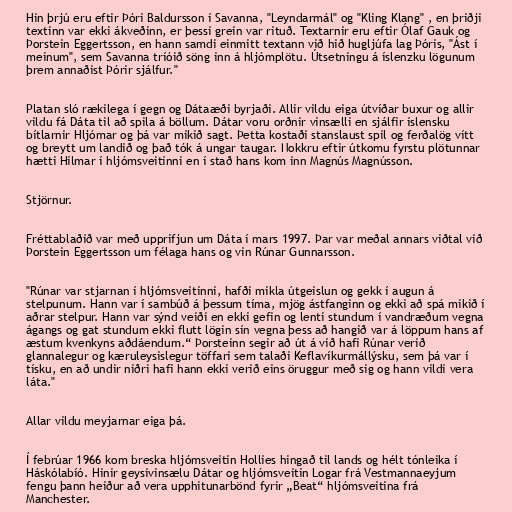
Hin þrjú eru eftir Þóri Baldursson í Savanna, "Leyndarmál" og "Kling Klang" , en þriðji
textinn var ekki ákveðinn, er þessi grein var rituð. Textarnir eru eftir Ólaf Gauk og
Þorstein Eggertsson, en hann samdi einmitt textann við hið hugljúfa lag Þóris, "Ást í
meinum", sem Savanna tríóið söng inn á hljómplötu. Útsetningu á íslenzku lögunum
þrem annaðist Þórir sjálfur."

Platan sló rækilega í gegn og Dátaæði byrjaði. Allir vildu eiga útvíðar buxur og allir
vildu fá Dáta til að spila á böllum. Dátar voru orðnir vinsælli en sjálfir íslensku
bítlarnir Hljómar og þá var mikið sagt. Þetta kostaði stanslaust spil og ferðalög vítt
og breytt um landið og það tók á ungar taugar. Nokkru eftir útkomu fyrstu plötunnar
hætti Hilmar í hljómsveitinni en í stað hans kom inn Magnús Magnússon.

Stjörnur.

Fréttablaðið var með upprifjun um Dáta í mars 1997. Þar var meðal annars viðtal við
Þorstein Eggertsson um félaga hans og vin Rúnar Gunnarsson.

"Rúnar var stjarnan í hljómsveitinni, hafði mikla útgeislun og gekk í augun á
stelpunum. Hann var í sambúð á þessum tíma, mjög ástfanginn og ekki að spá mikið í
aðrar stelpur. Hann var sýnd veiði en ekki gefin og lenti stundum í vandræðum vegna
ágangs og gat stundum ekki flutt lögin sín vegna þess að hangið var á löppum hans af
æstum kvenkyns aðdáendum.“ Þorsteinn segir að út á við hafi Rúnar verið
glannalegur og kæruleysislegur töffari sem talaði Keflavíkurmállýsku, sem þá var í
tísku, en að undir niðri hafi hann ekki verið eins öruggur með sig og hann vildi vera
láta."

Allar vildu meyjarnar eiga þá.

Í febrúar 1966 kom breska hljómsveitin Hollies hingað til lands og hélt tónleika í
Háskólabíó. Hinir geysivinsælu Dátar og hljómsveitin Logar frá Vestmannaeyjum
fengu þann heiður að vera upphitunarbönd fyrir „Beat“ hljómsveitina frá
Manchester.